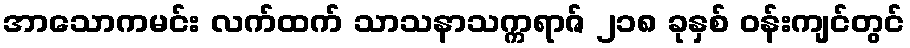
အာသောကမင်း လက်ထက် သာသနာသက္ကရာဇ် ၂၁၈ ခုနှစ် ဝန်းကျင်တွင်